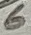
Text: 6